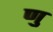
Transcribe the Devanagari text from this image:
णु